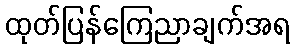
ထုတ်ပြန်ကြေညာချက်အရ